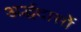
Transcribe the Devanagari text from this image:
अर्द्धदासों